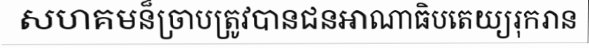
សហគមន៏ច្រាបត្រូវបានជនអាណាធិបតេយ្យរុករាន